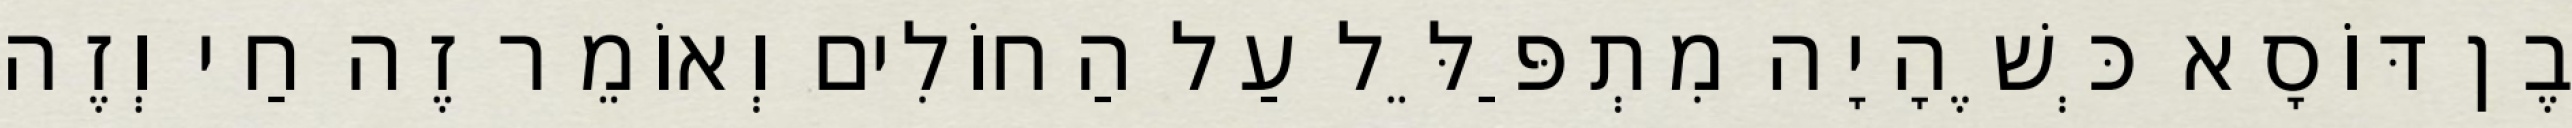
בֶן דּוֹסָא כְּשֶׁהָיָה מִתְפַּלֵּל עַל הַחוֹלִים וְאוֹמֵר זֶה חַי וְזֶה